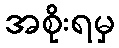
အစိုးရမှ